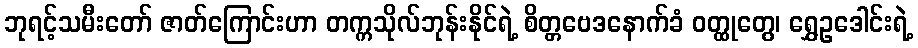
ဘုရင့်သမီးတော် ဇာတ်ကြောင်းဟာ တက္ကသိုလ်ဘုန်းနိုင်ရဲ့ စိတ္တဗေဒနောက်ခံ ဝတ္ထုတွေ၊ ရွှေဥဒေါင်းရဲ့